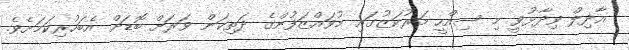
އާދިލް ވިދާޅުވީ މި ސިއްހީ މަރުކަޒުގައި މުވައްޒަފުންގެ ދަތިކަން ވަރަށް ބޮޑަށް އެބަހުރިކަމަށެވެ.